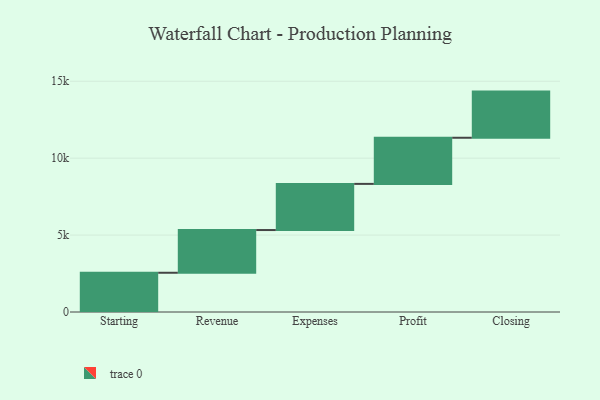
{"axis": {"x": "Step", "y": "Value"}, "legend": [""], "data": [{"x": "Starting", "y": 2551.0, "type": ""}, {"x": "Revenue", "y": 2777.0, "type": ""}, {"x": "Expenses", "y": 3000, "type": ""}, {"x": "Profit", "y": 3000, "type": ""}, {"x": "Closing", "y": 3000, "type": ""}]}